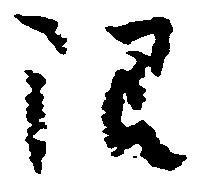
限